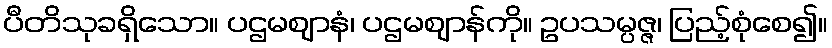
ပီတိသုခရှိသော။ ပဌမဈာနံ၊ ပဌမဈာန်ကို။ ဥပသမ္ပဇ္ဇ၊ ပြည့်စုံစေ၍။